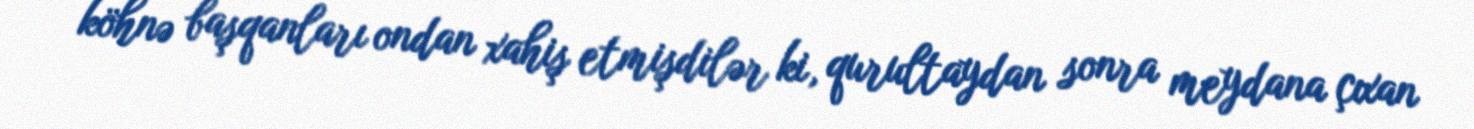
köhnə başqanları ondan xahiş etmişdilər ki, qurultaydan sonra meydana çıxan